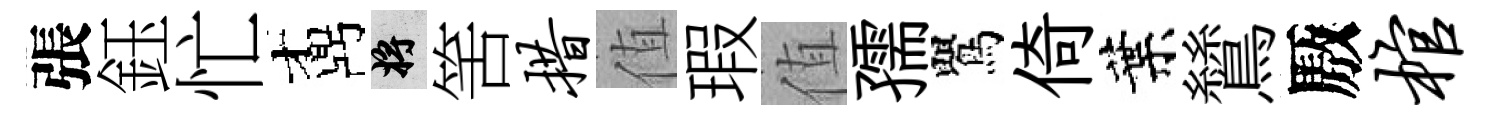
張鈺忙鼒將筈措值瑕值孺鸎倚葉鷥厫棺